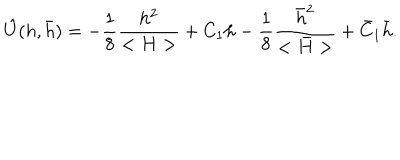
\hat { U } ( h , \bar { h } ) = - { \frac { 1 } { 8 } } { \frac { h ^ { 2 } } { < H > } } + C _ { 1 } h - { \frac { 1 } { 8 } } { \frac { \bar { h } ^ { 2 } } { < \bar { H } > } } + \bar { C } _ { 1 } \bar { h } .